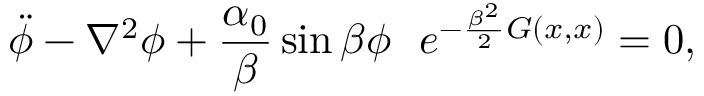
\ddot { \phi } - \nabla ^ { 2 } \phi + { \frac { \alpha _ { 0 } } { \beta } } \sin \beta \phi ~ ~ e ^ { - { \frac { \beta ^ { 2 } } { 2 } } G ( x , x ) } = 0 ,